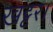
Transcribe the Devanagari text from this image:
खट्टर।